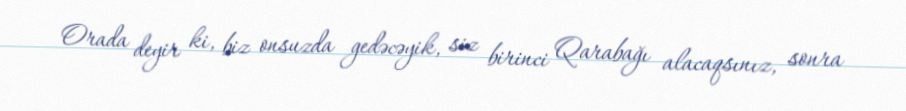
Orada deyir ki, biz onsuzda gedəcəyik, siz birinci Qarabağı alacaqsınız, sonra